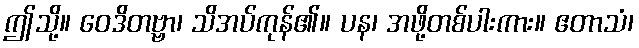
ဤသို့။ ဝေဒိတဗ္ဗာ၊ သိအပ်ကုန်၏။ ပန၊ အဖို့တစ်ပါးကား။ ဧတာသံ၊